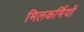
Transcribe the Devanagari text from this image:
मिलकर्मियों